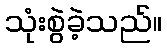
သုံးစွဲခဲ့သည်။